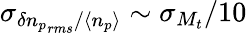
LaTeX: \sigma_{\delta{n_{p}}_{rms}/\langle n_{p}\rangle}\sim\sigma_{M_{t}}/10